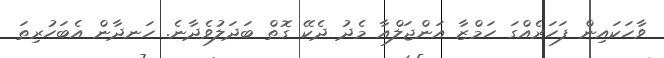
ވާހަކައިން ފަހަރެއްގަ ހަމްޒާ އަންޖަލްއާ މެދު ދެކޭ ގޮތް ބަދަލުވެދާނެ. ހަނދާން އެބަހުރިތަ